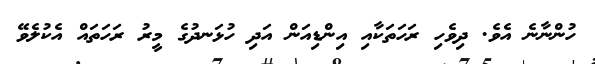
ހުންނާނެ އެވެ. ދިވެހި ރަހަތަކާއި އިންޑިއަން އަދި ހުޅަނދުގެ މީރު ރަހަތައް އެކުލެވޭ